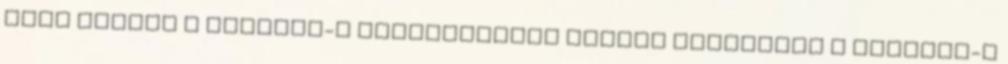
kell szedni a Tasigna-t Folyamatosan szedje mindennap a Tasigna-t